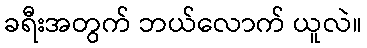
ခရီးအတွက် ဘယ်လောက် ယူလဲ။